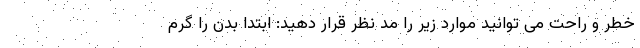
خطر و راحت می توانید موارد زیر را مد نظر قرار دهید: ابتدا بدن را گرم